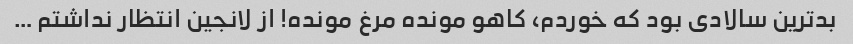
بد‌ترین سالادی بود که خوردم، کاهو مونده مرغ مونده! از لانجین انتظار نداشتم …